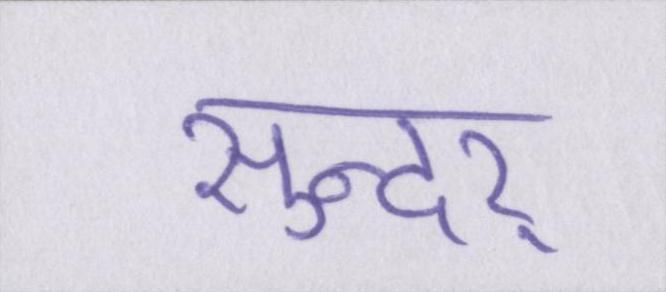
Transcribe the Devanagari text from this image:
सुन्दर्